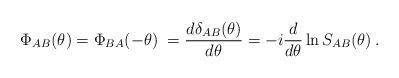
LaTeX: \begin{align*}\Phi _{AB}(\theta )=\Phi _{BA}(-\theta )\;= \frac{d \delta_{AB}(\theta)}{d\theta }=-i\frac{d}{d\theta }\ln S_{AB}(\theta )\,. \end{align*}